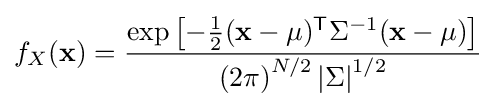
f_{X}(\mathbf {x} )={\frac {\exp \left[-{\frac {1}{2}}(\mathbf {x} -\mathbf {\mu } )^{\mathsf {T}}\Sigma ^{-1}(\mathbf {x} -\mathbf {\mu } )\right]}{{\left(2\pi \right)}^{N/2}\left|\Sigma \right|^{1/2}}}